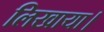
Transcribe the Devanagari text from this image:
लिखाया।